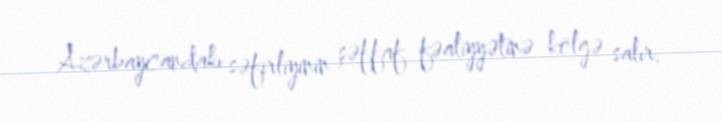
Azərbaycandakı səfirliyinin şəffaf fəaliyyətinə kölgə salır.